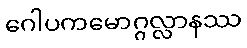
ဂေါပကမောဂ္ဂလ္လာနဿ